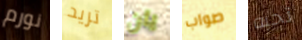
نورم تريد يان صواب تحبه